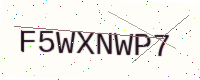
Text: F5WXNWP7